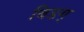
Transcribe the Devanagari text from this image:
बिडग्